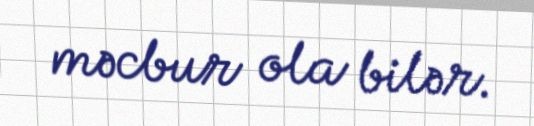
məcbur ola bilər.